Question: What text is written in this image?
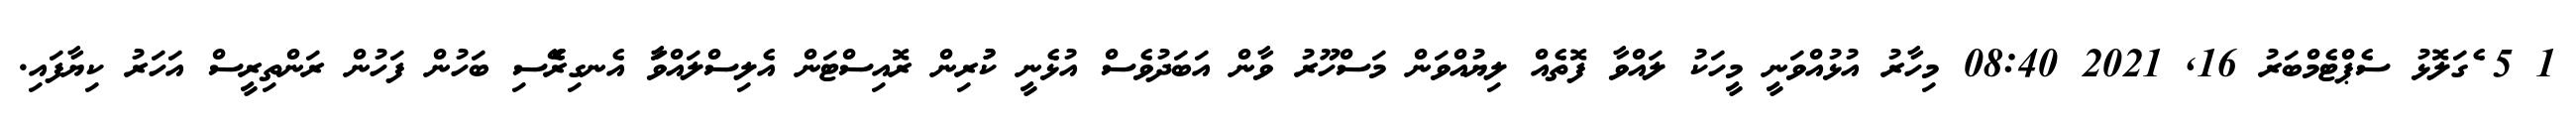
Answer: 1 5 ެގަލޮޅު ސެޕްޓެމްބަރު 16, 2021 08:40 މިހާރު އުޅުއްވަނީ މީހަކު ލައްވާ ފޮތެއް ލިޔުއްވަން މަސްހޫރު ވާން އަބަދުވެސް އުޅެނީ ކުުރިން ރޮއިސްޓަން އެލިސްލައްވަާ އެނގިރެޭސި ބަހުން ފަހުން ރަންތިރީސް އަހަރު ކިޔާފައި.